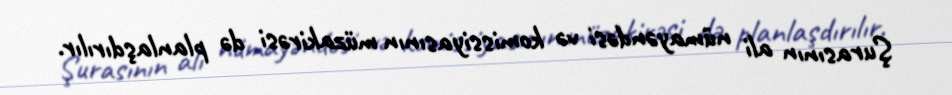
Şurasının ali nümayəndəsi və komissiyasının müzakirəsi də planlaşdırılır.